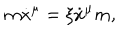
m \dot { x } ^ { \mu } = \xi \dot { x } ^ { \mu } m ,